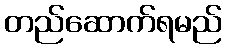
တည်ဆောက်ရမည်